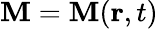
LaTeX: \mathbf{M}=\mathbf{M}(\mathbf{r},t)